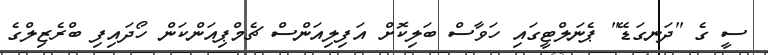
ސީ ގެ "ދަނގަޑޭ" ޕެނަލްޓީގައި ހަވާސް ބަލިކޮށް އަފިލިއަންސް ޗެމްޕިއަންކަން ހޯދައިފި ބްރެޒިލްގެ